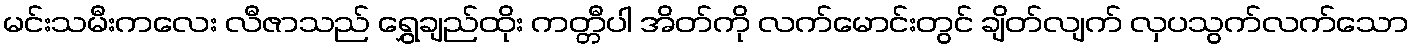
မင်းသမီးကလေး လီဇာသည် ရွှေချည်ထိုး ကတ္တီပါ အိတ်ကို လက်မောင်းတွင် ချိတ်လျက် လှပသွက်လက်သော